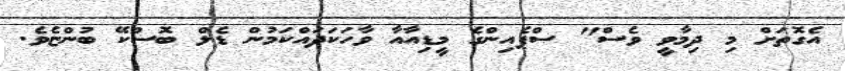
އެގޮތަށް މި ދިމާވީ ވެސް" ސްޕެއިންގެ މީޑިއާއާ ވާހަކަދައްކަމުން ޑެލް ބޮސްކޭ ބުންޏެވެ.